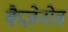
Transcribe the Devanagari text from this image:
कैज़ेनोव